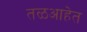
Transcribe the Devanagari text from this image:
तळआहेत